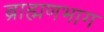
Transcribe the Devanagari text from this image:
ब्राह्मणभाग